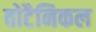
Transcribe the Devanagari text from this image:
वोटैनिकल